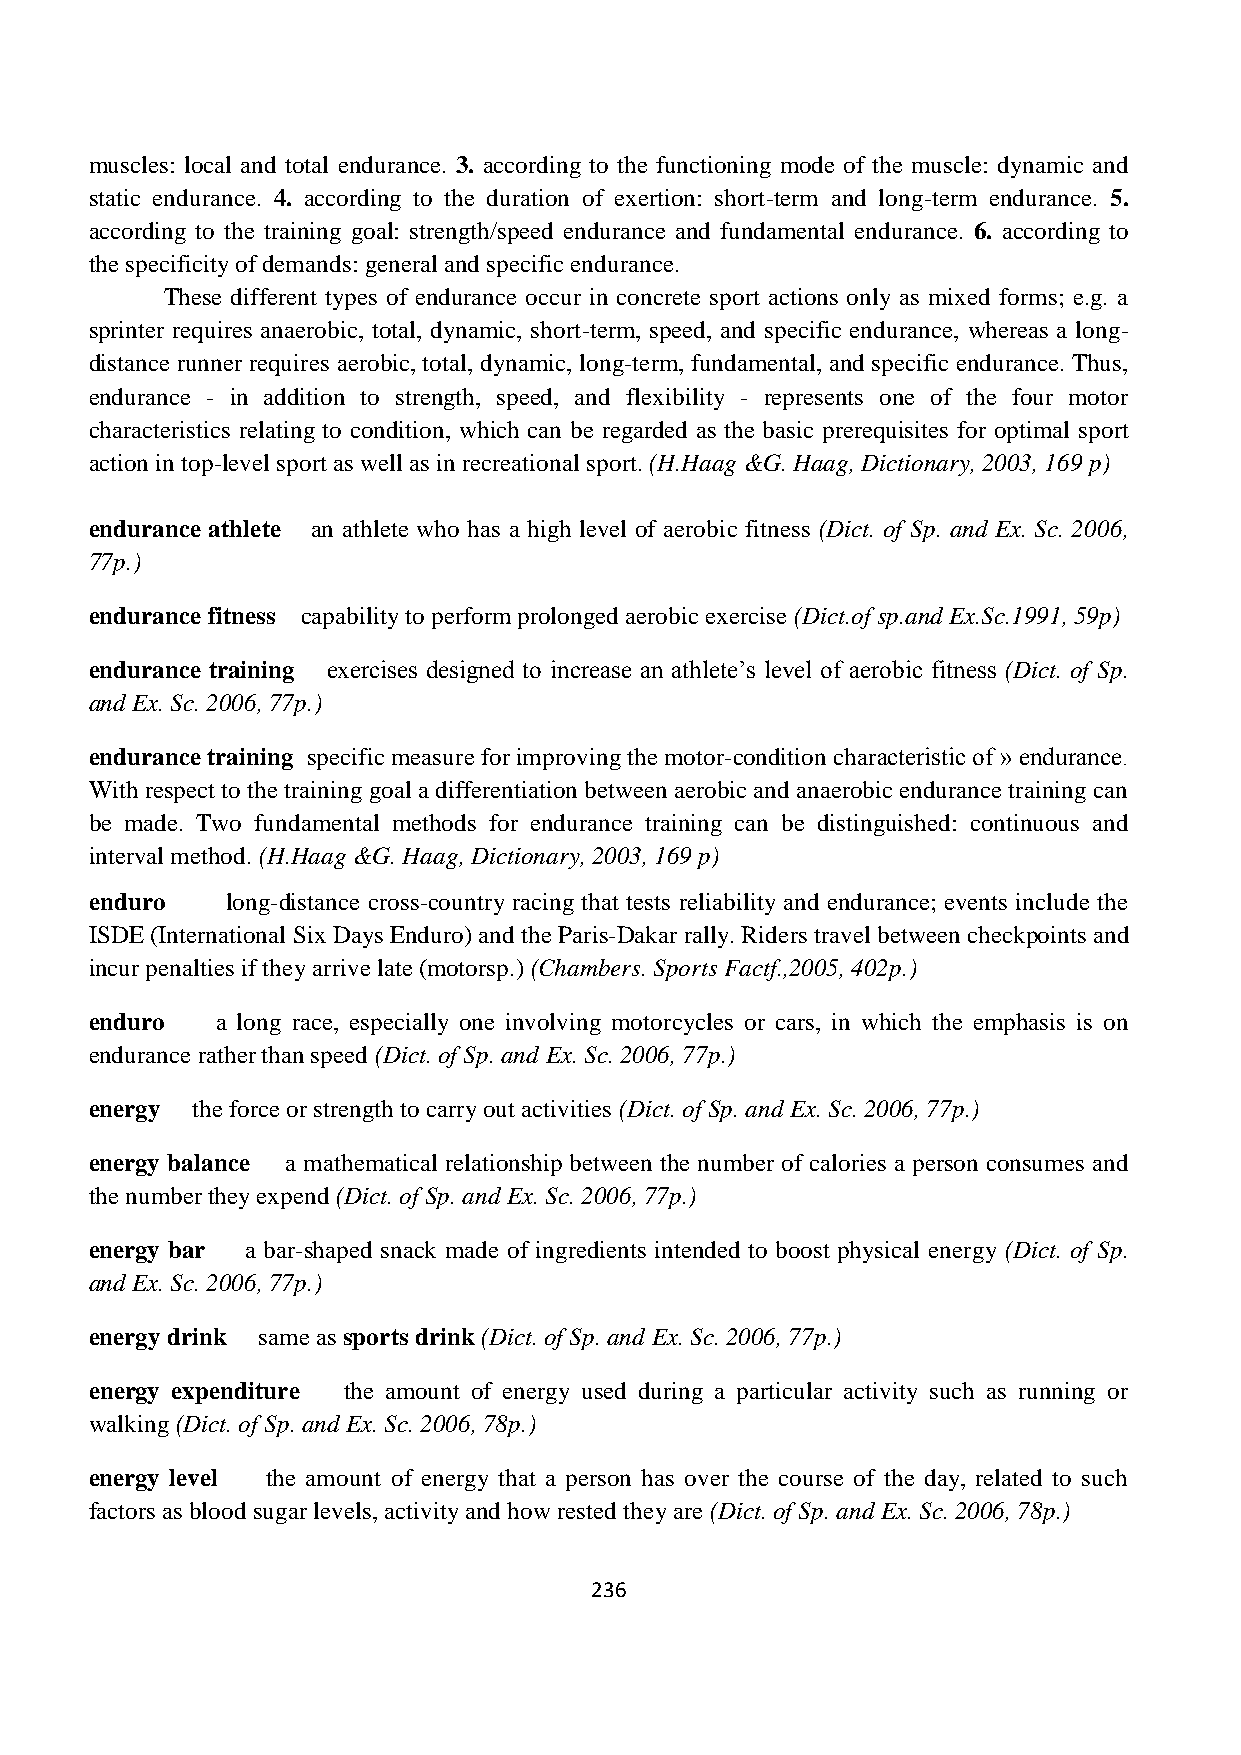
muscles: local and total endurance. 3. according to the functioning mode of the muscle: dynamic and
 static endurance. 4. according to the duration of exertion: short-term and long-term endurance. 5.
 according to the training goal: strength/speed endurance and fundamental endurance. 6. according to
 the specificity of demands: general and specific endurance.
 These different types of endurance occur in concrete sport actions only as mixed forms; e.g. a
 sprinter requires anaerobic, total, dynamic, short-term, speed, and specific endurance, whereas a long-
 distance runner requires aerobic, total, dynamic, long-term, fundamental, and specific endurance. Thus,
 endurance - in addition to strength, speed, and flexibility - represents one of the four motor
 characteristics relating to condition, which can be regarded as the basic prerequisites for optimal sport
 action in top-level sport as well as in recreational sport. (H.Haag &G. Haag, Dictionary, 2003, 169 p)
 endurance athlete an athlete who has a high level of aerobic fitness (Dict. of Sp. and Ex. Sc. 2006,
 77p.)
 endurance fitness capability to perform prolonged aerobic exercise (Dict.of sp.and Ex.Sc.1991, 59p)
 endurance training exercises designed to increase an athlete’s level of aerobic fitness (Dict. of Sp.
 and Ex. Sc. 2006, 77p.)
 endurance training specific measure for improving the motor-condition characteristic of » endurance.
 With respect to the training goal a differentiation between aerobic and anaerobic endurance training can
 be made. Two fundamental methods for endurance training can be distinguished: continuous and
 interval method. (H.Haag &G. Haag, Dictionary, 2003, 169 p)
 enduro   long-distance cross-country racing that tests reliability and endurance; events include the
 ISDE (International Six Days Enduro) and the Paris-Dakar rally. Riders travel between checkpoints and
 incur penalties if they arrive late (motorsp.) (Chambers. Sports Factf.,2005, 402p.)
 enduro  a long race, especially one involving motorcycles or cars, in which the emphasis is on
 endurance rather than speed (Dict. of Sp. and Ex. Sc. 2006, 77p.)
 energy the force or strength to carry out activities (Dict. of Sp. and Ex. Sc. 2006, 77p.)
 energy balance a mathematical relationship between the number of calories a person consumes and
 the number they expend (Dict. of Sp. and Ex. Sc. 2006, 77p.)
 energy bar a bar-shaped snack made of ingredients intended to boost physical energy (Dict. of Sp.
 and Ex. Sc. 2006, 77p.)
 energy drink same as sports drink (Dict. of Sp. and Ex. Sc. 2006, 77p.)
 energy expenditure the amount of energy used during a particular activity such as running or
 walking (Dict. of Sp. and Ex. Sc. 2006, 78p.)
 energy level the amount of energy that a person has over the course of the day, related to such
 factors as blood sugar levels, activity and how rested they are (Dict. of Sp. and Ex. Sc. 2006, 78p.)
 236